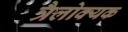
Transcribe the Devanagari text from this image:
त्रैलोक्यक